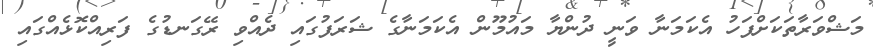
މަޝްވަރާތަކަށްފަހު އެކަމަނާ ވަނީ ދުންޔާ މައުމޫން އެކަމަނާގެ ޝަރަފުގައި ދެއްވި ރޭގަނޑުގެ ފަރިއްކޮޅެއްގައި